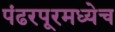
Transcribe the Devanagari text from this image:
पंढरपूरमध्येच